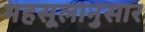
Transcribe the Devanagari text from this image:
महसूलानुसार